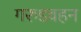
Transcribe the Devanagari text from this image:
गरुडवहन